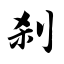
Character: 刹